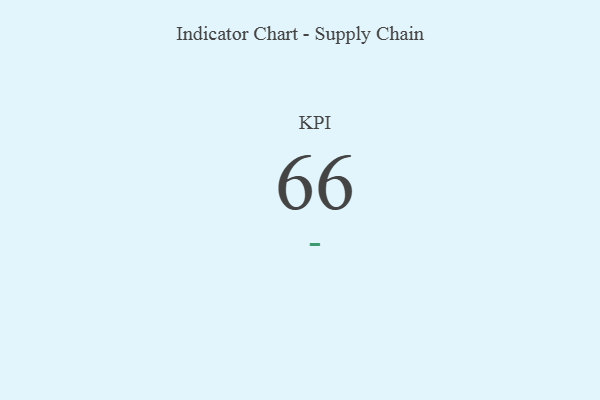
{"axis": {"x": "KPI", "y": "Value"}, "legend": [""], "data": [{"x": "KPI", "y": 66, "type": ""}]}